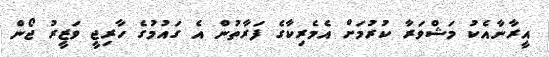
އީރާނާއެކު މަޝްވަރާ ކުރުމަށް އެމެރިކާގެ ފަރާތުން އެ ގައުމުގެ ހާރިޖީ ވަޒީރު ޖޯން